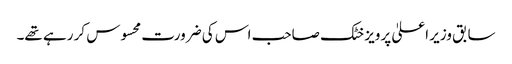
سابق وزیر اعلیٰ پرویز خٹک صاحب اس کی ضرورت محسوس کر رہے تھے۔